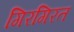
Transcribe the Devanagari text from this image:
गिरगिरत